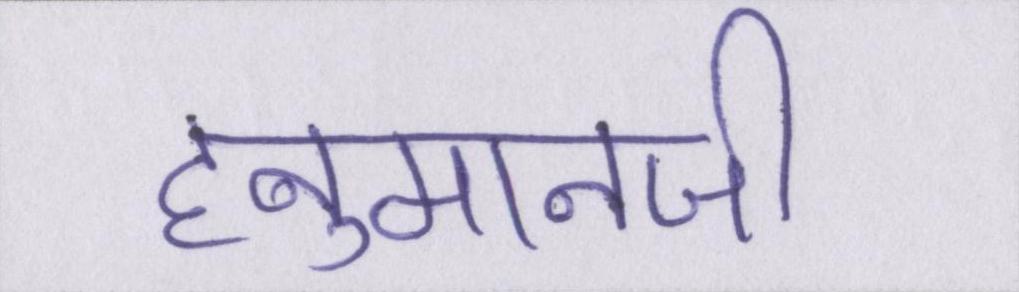
हनुमानजी